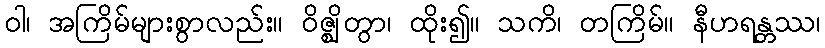
ဝါ၊ အကြိမ်များစွာလည်း။ ဝိဇ္ဈိတွာ၊ ထိုး၍။ သကိ၊ တကြိမ်။ နီဟရန္တဿ၊